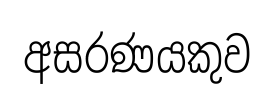
අසරණයකුව